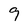
Character: 9